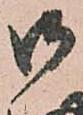
御